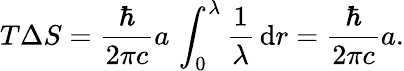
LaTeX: T\Delta S=\frac{\hbar}{2\pi c}a\, \int_{0}^{\lambda}\frac{1}{\lambda}\, \mathrm{d}r=\frac{\hbar}{2\pi c}a.